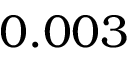
0 . 0 0 3